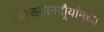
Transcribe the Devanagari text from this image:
व्याख्यानदौर्‍यांमध्ये